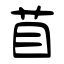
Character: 苜